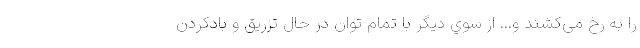
را به رخ می‌کشند و... از سوي ديگر با تمام توان در حال تزریق و بادکردن